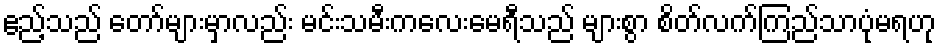
ဧည့်သည် တော်များမှာလည်း မင်းသမီးကလေးမေရီသည် များစွာ စိတ်လက်ကြည်သာပုံမရဟု